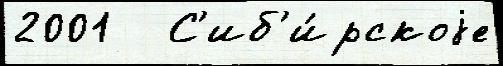
2001   С'иб'и́рскоjе